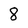
Character: 8